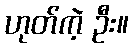
ဟုတ်ကဲ့ ဦး။